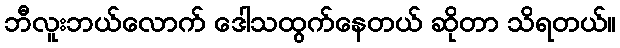
ဘီလူးဘယ်လောက် ဒေါသထွက်နေတယ် ဆိုတာ သိရတယ်။